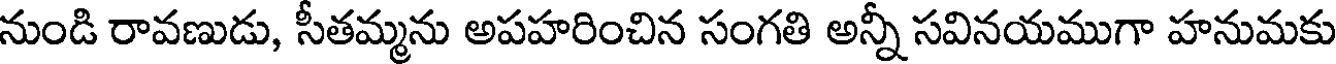
నుండి రావణుడు, సీతమ్మను అపహరించిన సంగతి అన్నీ సవినయముగా హనుమకు